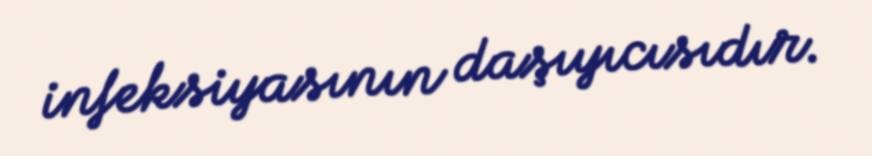
infeksiyasının daşıyıcısıdır.